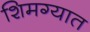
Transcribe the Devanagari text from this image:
शिमग्यात